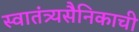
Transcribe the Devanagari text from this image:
स्वातंत्र्यसैनिकाची